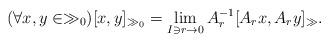
LaTeX: \begin{align*}(\forall x,y\in\gg_0) [x,y]_{\gg_0}=\lim\limits_{I\ni r\to 0}A_r^{-1}[A_rx,A_ry]_{\gg}.\end{align*}